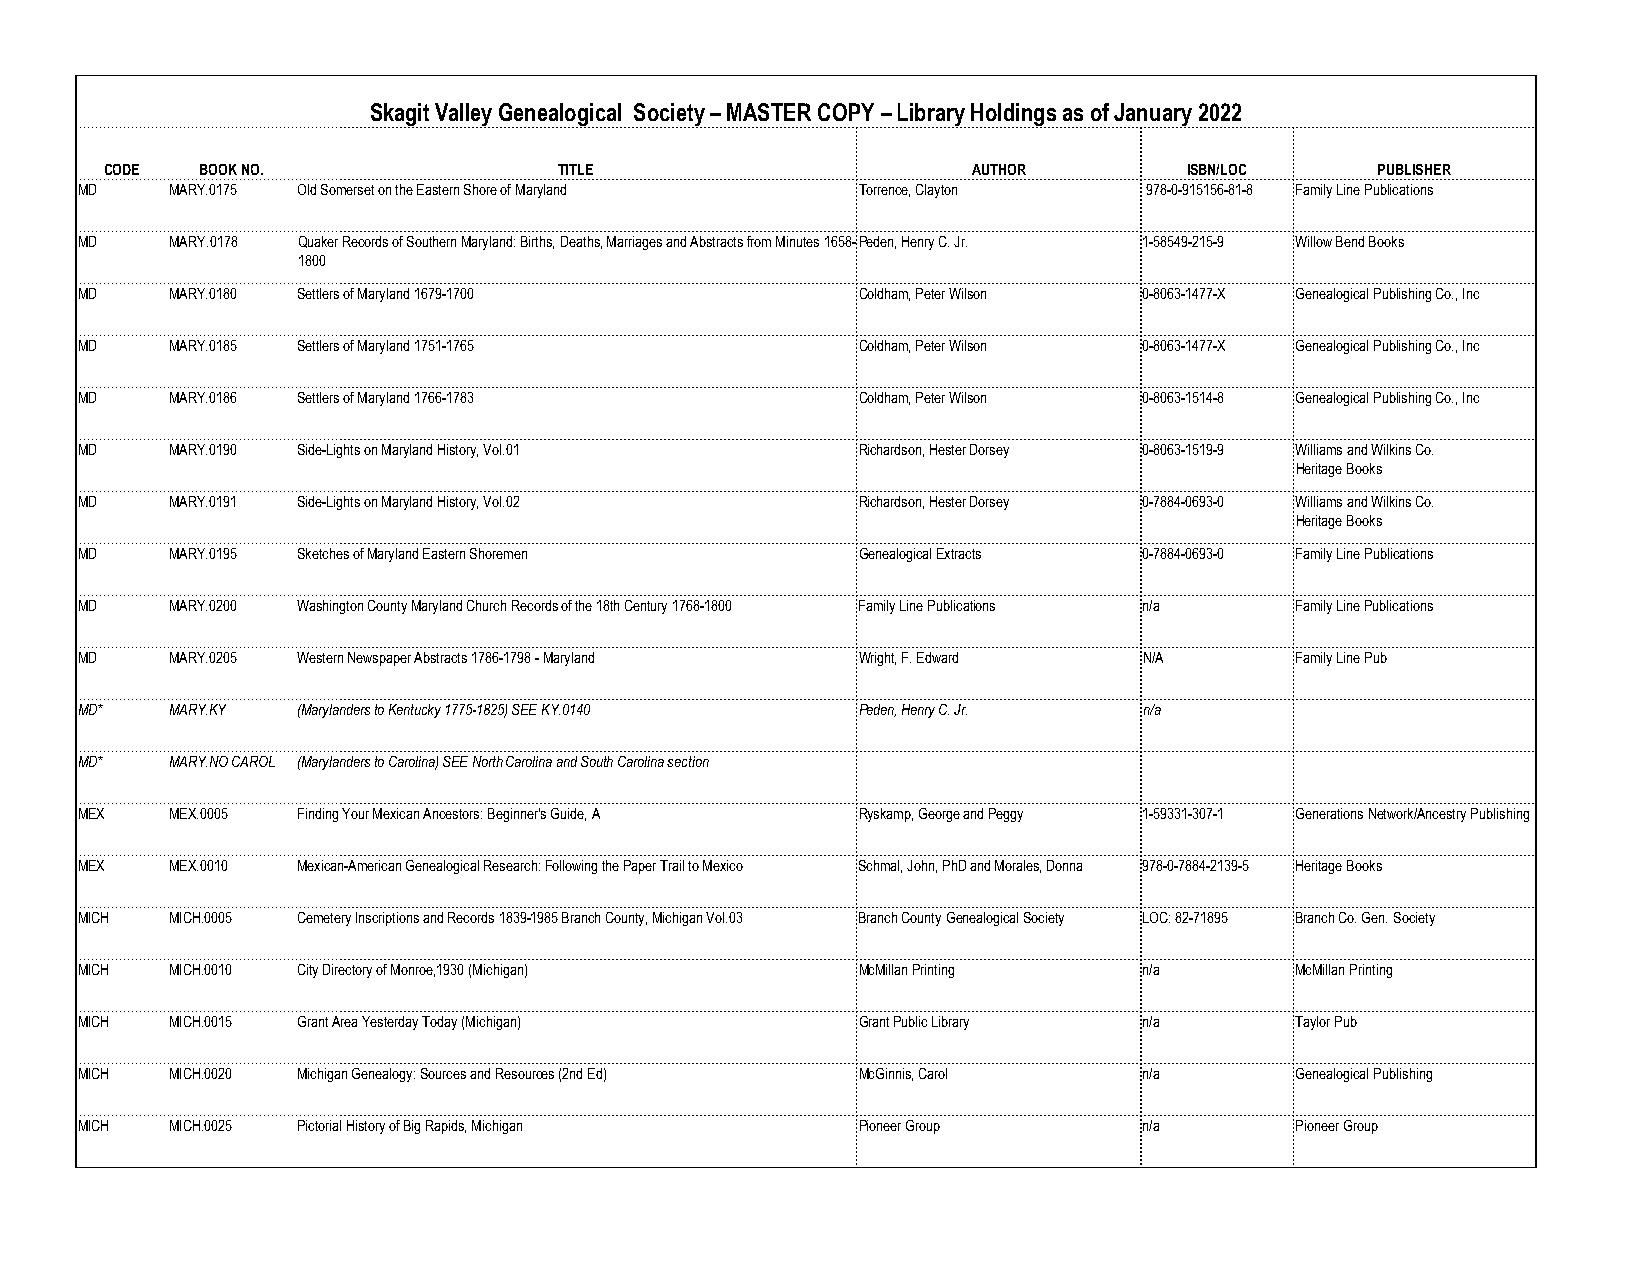
Skagit Valley Genealogical Society – MASTER COPY – Library Holdings as of January 2022
 CODE  BOOK NO.                TITLE                      AUTHOR         ISBN/LOC    PUBLISHER
 MD    MARY.0175 Old Somerset on the Eastern Shore of Maryland Torrence, Clayton 978-0-915156-81-8 Family Line Publications
 MD    MARY.0178 Quaker Records of Southern Maryland: Births, Deaths, Marriages and Abstracts from Minutes 1658-Peden, Henry C. Jr. 1-58549-215-9 Willow Bend Books
 1800
 MD    MARY.0180 Settlers of Maryland 1679-1700      Coldham, Peter Wilson 0-8063-1477-X Genealogical Publishing Co., Inc
 MD    MARY.0185 Settlers of Maryland 1751-1765      Coldham, Peter Wilson 0-8063-1477-X Genealogical Publishing Co., Inc
 MD    MARY.0186 Settlers of Maryland 1766-1783      Coldham, Peter Wilson 0-8063-1514-8 Genealogical Publishing Co., Inc
 MD    MARY.0190 Side-Lights on Maryland History, Vol.01 Richardson, Hester Dorsey 0-8063-1519-9 Williams and Wilkins Co.
 Heritage Books
 MD    MARY.0191 Side-Lights on Maryland History, Vol.02 Richardson, Hester Dorsey 0-7884-0693-0 Williams and Wilkins Co.
 Heritage Books
 MD    MARY.0195 Sketches of Maryland Eastern Shoremen Genealogical Extracts 0-7884-0693-0 Family Line Publications
 MD    MARY.0200 Washington County Maryland Church Records of the 18th Century 1768-1800 Family Line Publications n/a Family Line Publications
 MD    MARY.0205 Western Newspaper Abstracts 1786-1798 - Maryland Wright, F. Edward N/A Family Line Pub
 MD*   MARY.KY  (Marylanders to Kentucky 1775-1825) SEE KY.0140 Peden, Henry C. Jr. n/a
 MD*   MARY.NO CAROL (Marylanders to Carolina) SEE North Carolina and South Carolina section
 MEX   MEX.0005 Finding Your Mexican Ancestors: Beginner's Guide, A Ryskamp, George and Peggy 1-59331-307-1 Generations Network/Ancestry Publishing
 MEX   MEX.0010 Mexican-American Genealogical Research: Following the Paper Trail to Mexico Schmal, John, PhD and Morales, Donna 978-0-7884-2139-5 Heritage Books
 MICH  MICH.0005 Cemetery Inscriptions and Records 1839-1985 Branch County, Michigan Vol.03 Branch County Genealogical Society LOC: 82-71895 Branch Co. Gen. Society
 MICH  MICH.0010 City Directory of Monroe,1930 (Michigan) McMillan Printing n/a   McMillan Printing
 MICH  MICH.0015 Grant Area Yesterday Today (Michigan) Grant Public Library n/a   Taylor Pub
 MICH  MICH.0020 Michigan Genealogy: Sources and Resources (2nd Ed) McGinnis, Carol n/a Genealogical Publishing
 MICH  MICH.0025 Pictorial History of Big Rapids, Michigan Pioneer Group n/a      Pioneer Group